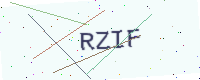
Text: RZIF